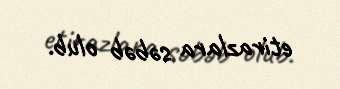
etirazlara səbəb olub.